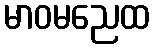
မာဝမညေထ